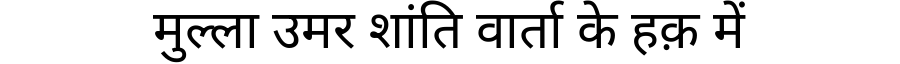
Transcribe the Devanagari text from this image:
मुल्ला उमर शांति वार्ता के हक़ में